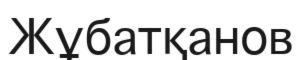
Жұбатқанов